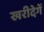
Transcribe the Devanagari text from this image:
खरीदेगें